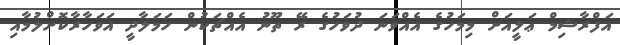
އަފްރާޝިމް ޢަލީއަށް މިމަހުގެ އެއްވަނަ ދުވަހުގެ ރޭ ތޫނު އެއްޗަކުން ހަމަލާދީ އަވަހާރާކޮށްލުމާއި